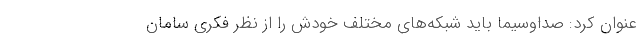
عنوان کرد:‌ صداوسیما باید شبکه‌های مختلف خودش را از نظر فکری سامان